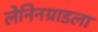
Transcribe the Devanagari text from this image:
लेनिनग्राडला